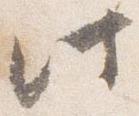
此